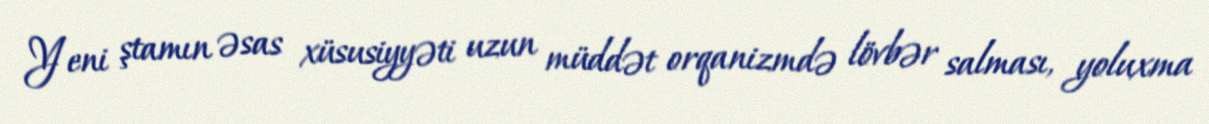
Yeni ştamın əsas xüsusiyyəti uzun müddət orqanizmdə lövbər salması, yoluxma